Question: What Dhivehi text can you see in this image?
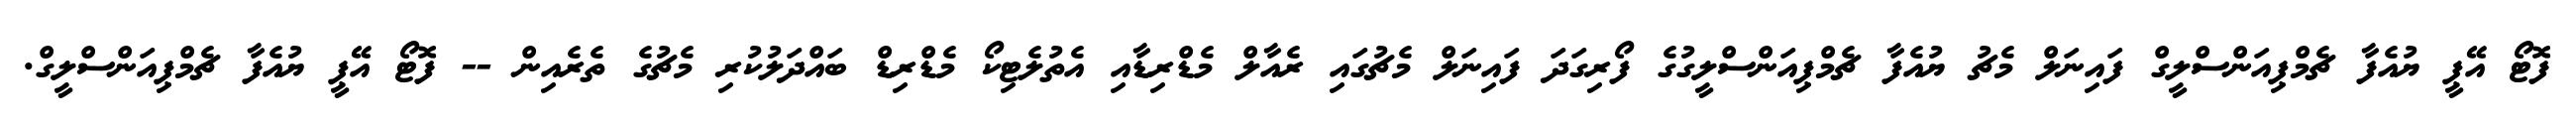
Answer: ފޮޓޯ އޭޕީ ޔުއެފާ ޗެމްޕިއަންސްލީގް ފައިނަލް މެޗު ޔުއެފާ ޗެމްޕިއަންސްލީގުގެ ފޯރިގަދަ ފައިނަލް މެޗުގައި ރެއާލް މެޑްރިޑާއި އެތުލެޓިކޯ މެޑްރިޑް ބައްދަލުކުރި މެޗުގެ ތެރެއިން -- ފޮޓޯ އޭޕީ ޔުއެފާ ޗެމްޕިއަންސްލީގް.